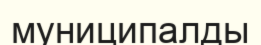
муниципалды